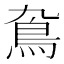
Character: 䲥